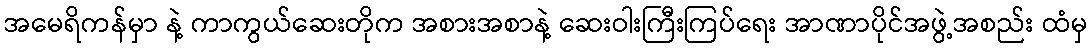
အမေရိကန်မှာ နဲ့ ကာကွယ်ဆေးတိုက အစားအစာနဲ့ ဆေးဝါးကြီးကြပ်ရေး အာဏာပိုင်အဖွဲ့အစည်း ထံမှ